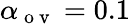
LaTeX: \alpha_{\mathrm{~o~v~}}=0.1